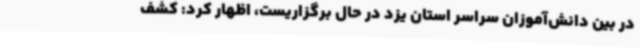
در بین دانش‌آموزان سراسر استان یزد در حال برگزاریست، اظهار کرد: کشف